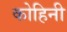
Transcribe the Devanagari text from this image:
कोहिनी